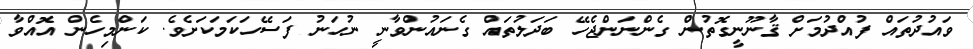
ވައުދުތައް ފުއްދުމަށް ޤާނޫނީގޮތުން ގެންނަންޖެހޭ ބަދަލުތައް ގެނައުންވާނީ ނުހަނު ފަސޭހަކަމަކަށެވެ. ކަންމިހެން އޮއްވާ